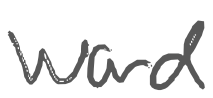
Text: word
Cross-out: clean
Writing tool: digital_gray